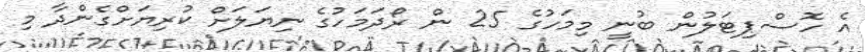
އެ ހޮސްޕިޓަލުން ބުނީ މިމަހުގެ 25 ން ރޯދަމަހުގެ ނިޔަލަށް ކުރިޔަށްގެންދާ މި